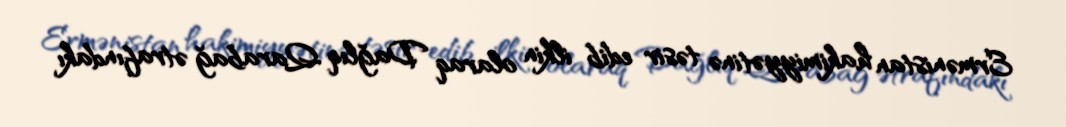
Ermənistan hakimiyyətinə təsir edib ilkin olaraq Dağlıq Qarabağ ətrafındakı